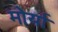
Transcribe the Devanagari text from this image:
मोर्या